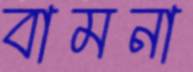
বামনা